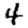
Digit: 4